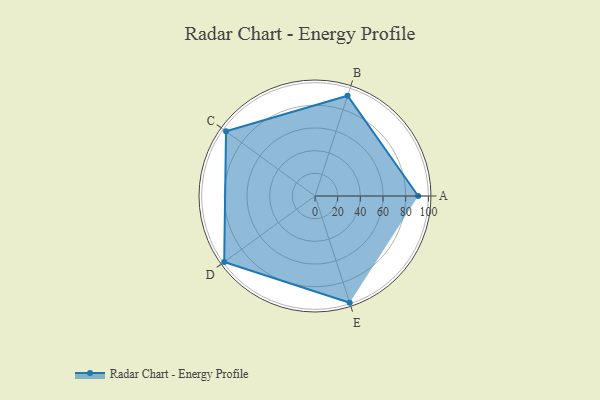
{"axis": {"x": "Skill", "y": "Score"}, "legend": ["Profile"], "data": [{"x": "A", "y": 91.0, "type": "Profile"}, {"x": "B", "y": 93.0, "type": "Profile"}, {"x": "C", "y": 97.0, "type": "Profile"}, {"x": "D", "y": 99, "type": "Profile"}, {"x": "E", "y": 99, "type": "Profile"}]}